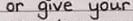
or give your